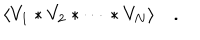
\langle V _ { 1 } \ast V _ { 2 } \ast \dots \ast V _ { N } \rangle \quad .